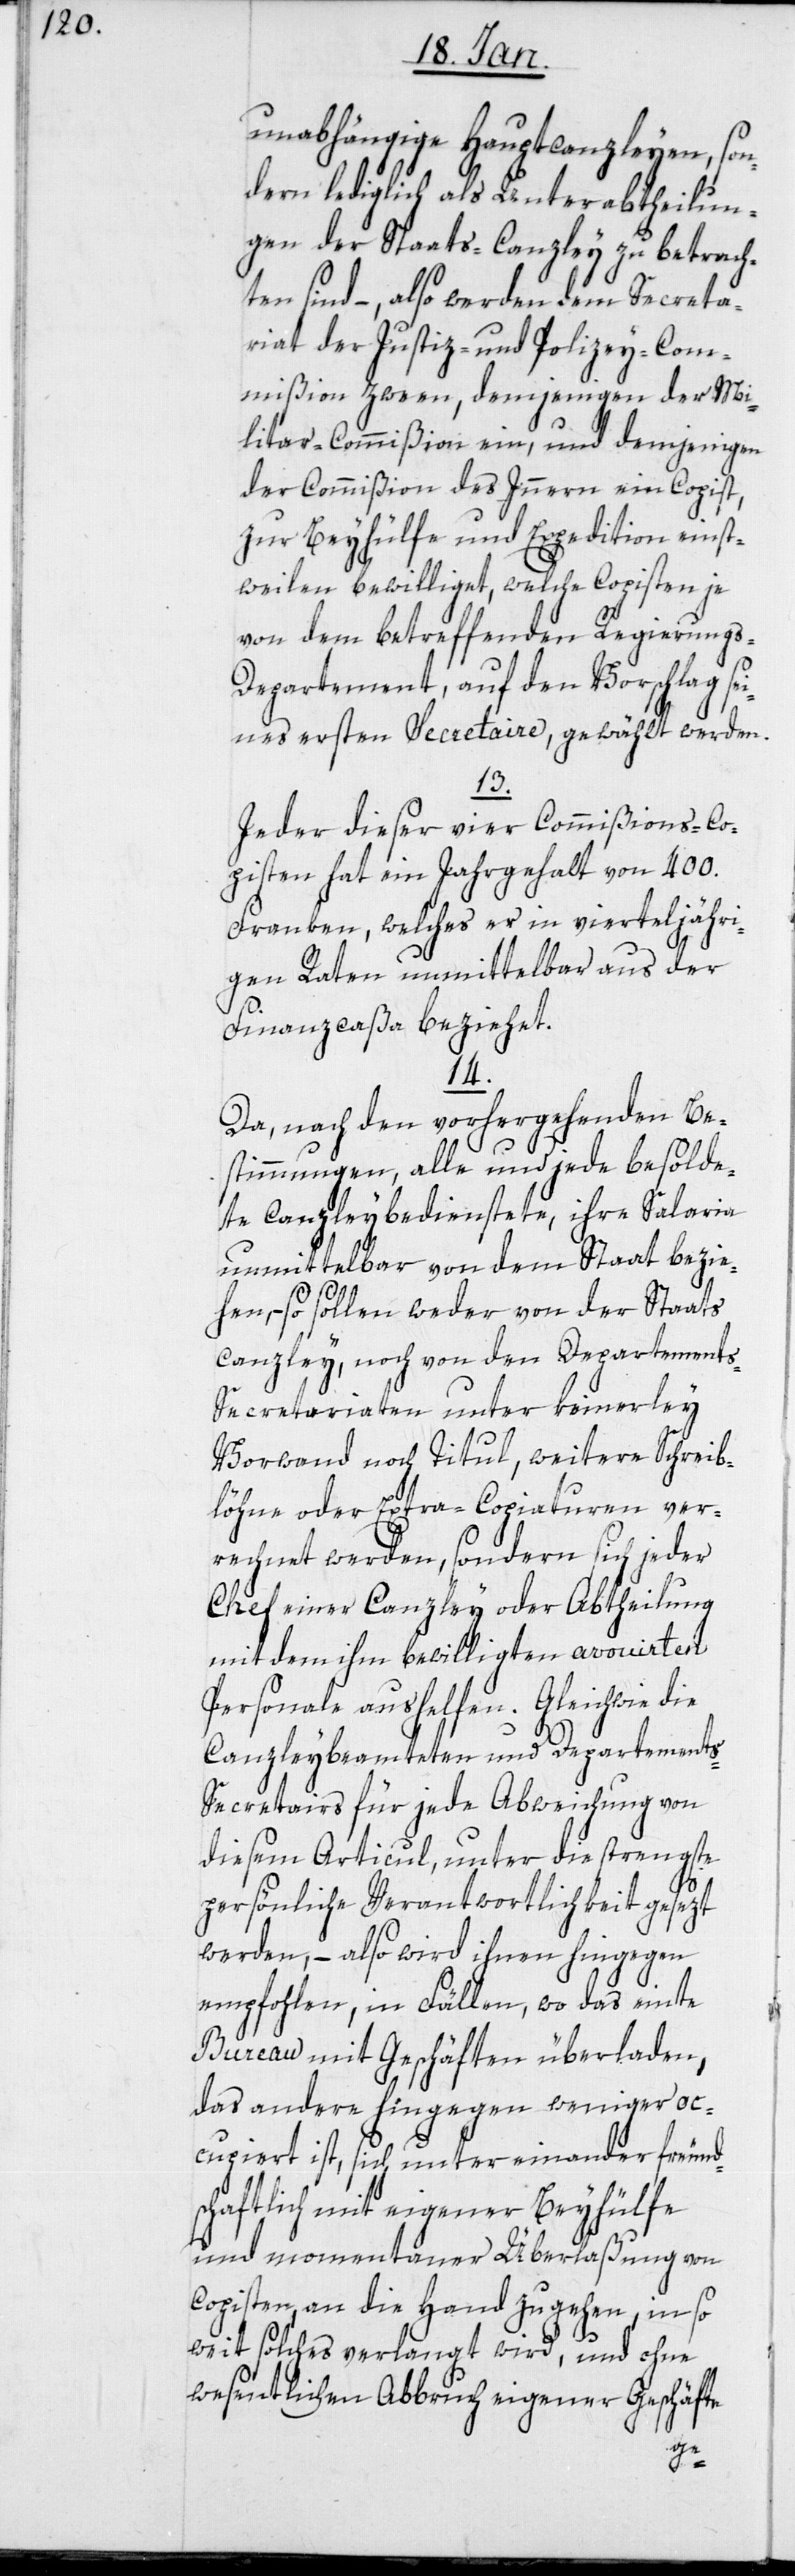
unabhängige Hauptcanzleyen, son¬
dern lediglich als Unterabtheilun¬
gen der Staats-Canzley zu betrach¬
ten sind, – also werden dem Secreta¬
riat der Justiz- und Polizey-Com¬
mißion zween, demjenigen der Mi¬
litar-Commißion ein, und demjenigen
der Commißion des Inneren ein Copist,
zur Beyhülfe und Expedition einst¬
weilen bewilliget, welche Copisten je
von dem betreffenden Regierungs-D¬
epartement, auf den Vorschlag sei¬
nes ersten Secretaire, gewählt werden.
13.
Jeder dieser vier Commißions-Co¬
pisten hat ein Jahrgehalt von 400.
Franken, welches er in vierteljähri¬
gen Raten unmittelbar aus der
Finanzcaßa beziehet.
14.
Da, nach den vorhergehenden Be¬
stimmungen, alle und jede besolde¬
te Canzleybedienstete, ihre Salaria
unmittelbar von dem Staat bezie¬
hen, so sollen weder von der Staats¬
canzley, noch von den Departement¬
s-Secretariaten unter keinerley
Vorwand noch Titul, weitere Schreib¬
löhne oder Extra-Copiaturen ver¬
rechnet werden, sondern sich jeder
Chef einer Canzley oder Abtheilung
mit dem ihm bewilligten avouierten
Personale aushelfen. Gleichwie die
Canzleybeamteten und Departement¬
s-Secretairs für jede Abweichung von
diesem Articul, unter die strengste
persönliche Verantwortlichkeit gesezt
werden, – also wird ihnen hingegen
empfohlen, in Fällen, wo das einte
Bureau mit Geschäften überladen,
das andere hingegen weniger oc¬
cupiert ist, sich unter einander freund¬
schaftlich mit eigener Beyhülfe
und momentaner Überlaßung von
Copisten, an die Hand zu gehen, in so
weit solches verlangt wird, und ohne
wesentlichen Abbruch eigener Geschäfte